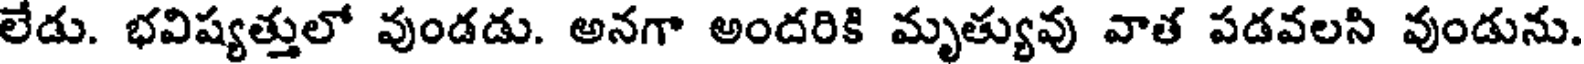
లేడు. భవిష్యత్తులో వుండడు. అనగా అందరికి మృత్యువు వాత పడవలసి వుండును.